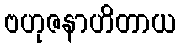
ဗဟုဇနာဟိတာယ